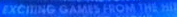
EXCmNG GAMES FROM THE HD